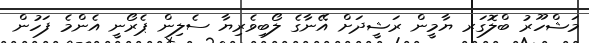
މަޝްހޫރު ބްލޮގަރ ޔާމީން ރަޝީދަށް އޭނާގެ ލޯބިވެރިޔާ ސެލިން ޕެރޯނީ އެންމެ ފަހުން